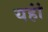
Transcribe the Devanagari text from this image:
यहांं